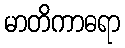
မာတိကာဓရာ